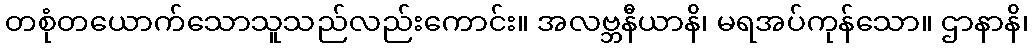
တစုံတယောက်သောသူသည်လည်းကောင်း။ အလဗ္ဘနီယာနိ၊ မရအပ်ကုန်သော။ ဌာနာနိ၊